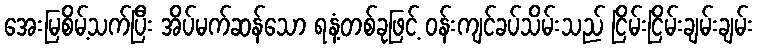
အေးမြစိမ့်သက်ပြီး အိပ်မက်ဆန်သော ရနံ့တစ်ခုဖြင့် ဝန်းကျင်ခပ်သိမ်းသည် ငြိမ်းငြိမ်းချမ်းချမ်း